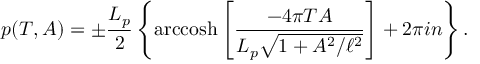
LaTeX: p ( T , A ) = \pm \frac { L _ { p } } { 2 } \left\{ \mathrm { a r c c o s h } \left[ \frac { - 4 \pi T A } { L _ { p } \sqrt { 1 + A ^ { 2 } / \ell ^ { 2 } } } \right] + 2 \pi i n \right\} .